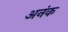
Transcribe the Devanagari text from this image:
अनंक